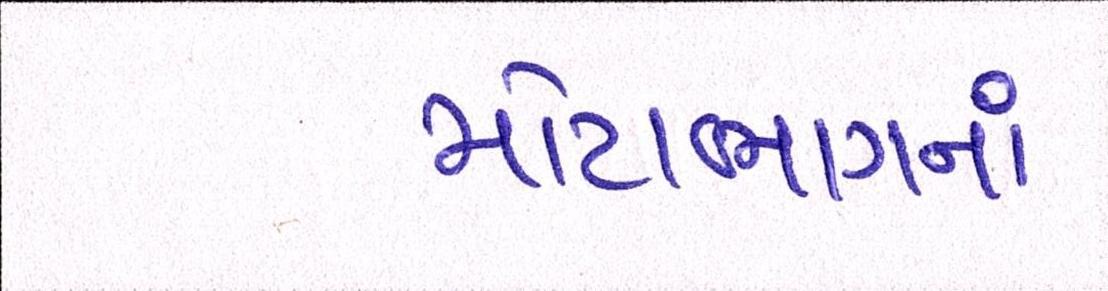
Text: મોટાભાગનાં